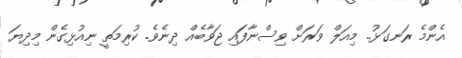
އެންމެ ރަނގަޅު.. މިއަލް ވަރަށް ވިސްނާފައި ޖަވާބެއް ދިނެވެ. ކުރިމަތީ ނިއުޅިގެން މިދިޔަ